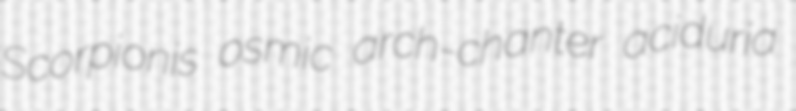
Scorpionis osmic arch-chanter aciduria